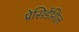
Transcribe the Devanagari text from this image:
प्रेसिडेंशिल